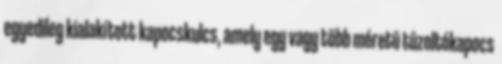
egyedileg kialakított kapocskulcs, amely egy vagy több méretû tûzoltókapocs